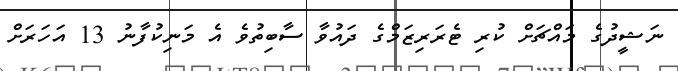
ނަޝީދުގެ މައްޗަށް ކުރި ޓެރަރިޒަމްގެ ދައުވާ ސާބިތުވެ އެ މަނިކުފާނު 13 އަހަރަށް